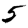
Digit: 5